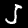
Digit: 5